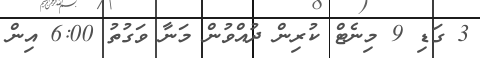
3 ގަޑި 9 މިނެޓް ކުރިން ދުއްވުން މަނާ ވަގުތު 6:00 އިން